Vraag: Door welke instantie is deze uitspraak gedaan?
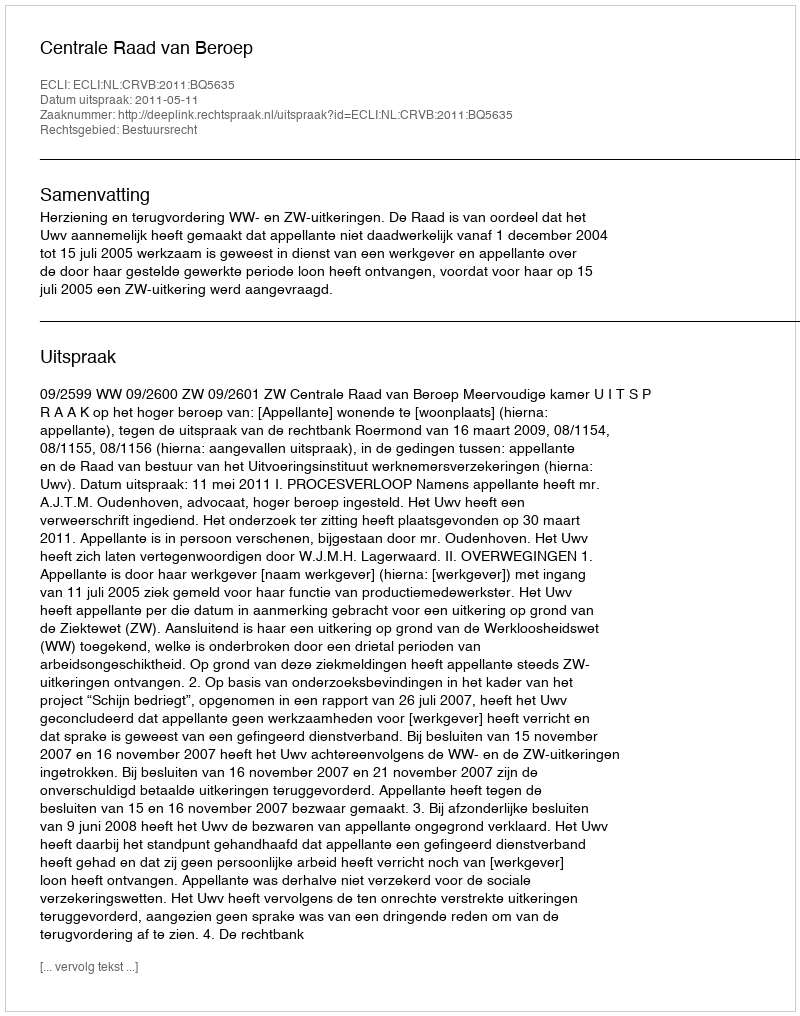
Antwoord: Centrale Raad van Beroep